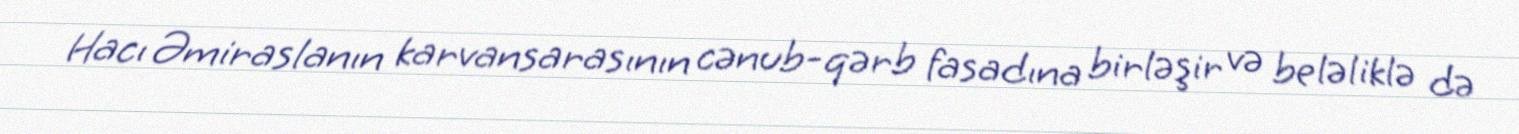
Hacı Əmiraslanın karvansarasının cənub-qərb fasadına birləşir və beləliklə də